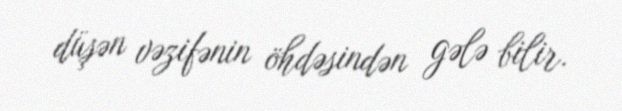
düşən vəzifənin öhdəsindən gələ bilir.